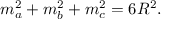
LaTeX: \displaystyle m _ { a } ^ { 2 } + m _ { b } ^ { 2 } + m _ { c } ^ { 2 } = 6 R ^ { 2 } .